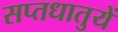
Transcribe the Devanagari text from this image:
सप्‍तधातुयें